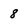
Character: 8